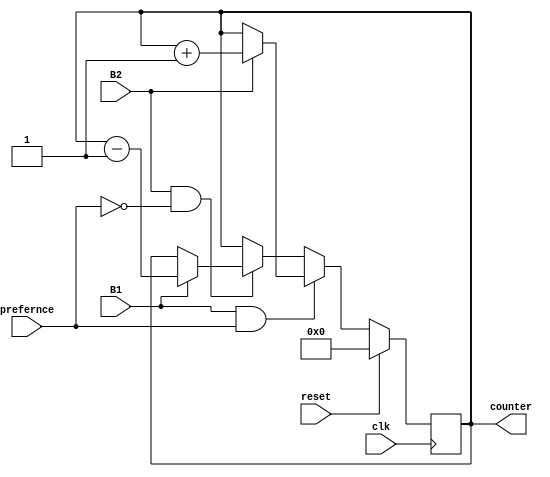
module button_counter (clk, reset, B1, B2, counter, prefernce);
    input clk;  // Clock signal
    input reset; // Reset signal
    input B1;   // Button B1
    input B2;   // Button B2
    input prefernce;
    output [3:0] counter; // 4-bit counter

    reg [3:0] count;
    initial begin
        count <= 0;
    end
always @(posedge clk) begin
    if (!reset) begin
        if (B1 & prefernce) begin
            if (B2) begin
                count <= count + 1;
            end 
        end else if(B2 & !prefernce) begin
            if (B1) begin
                count <= count - 1;
            end 
        end
    end else begin
        count <= 0;
    end
end

    assign counter = count;
endmodule